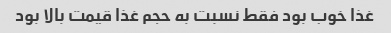
غذا خوب بود فقط نسبت به حجم غذا قیمت بالا بود